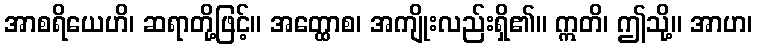
အာစရိယေဟိ၊ ဆရာတို့ဖြင့်။ အတ္ထောစ၊ အကျိုးလည်းရှိ၏။ ဣတိ၊ ဤသို့။ အာဟ၊